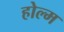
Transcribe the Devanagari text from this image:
होल्म